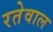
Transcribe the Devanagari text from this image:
रतेवाल